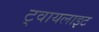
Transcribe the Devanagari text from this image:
ट्वायलाइट